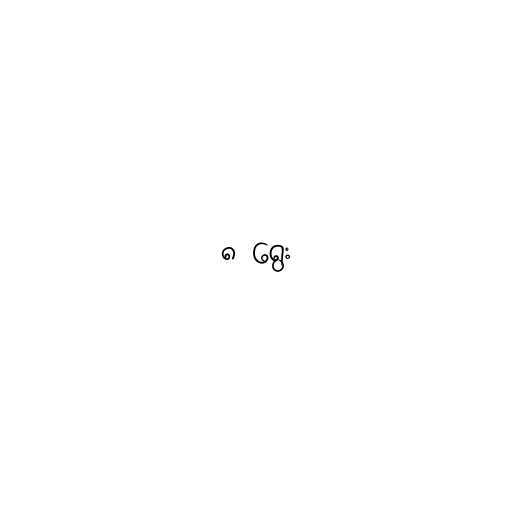
၈ ရွေး